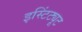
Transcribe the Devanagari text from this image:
इस्टिंट्यूट